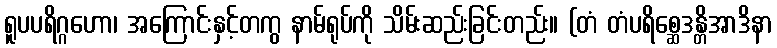
ရူပပရိဂ္ဂဟော၊ အကြောင်းနှင့်တကွ နာမ်ရုပ်ကို သိမ်းဆည်းခြင်းတည်း။ (တံ တံပရိစ္ဆေဒန္တိအာဒိနာ